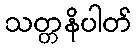
သတ္တနိပါတ်